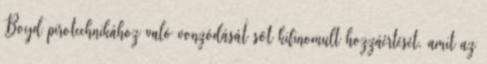
Boyd pirotechnikához való vonzódását sőt kifinomult hozzáértését, amit az